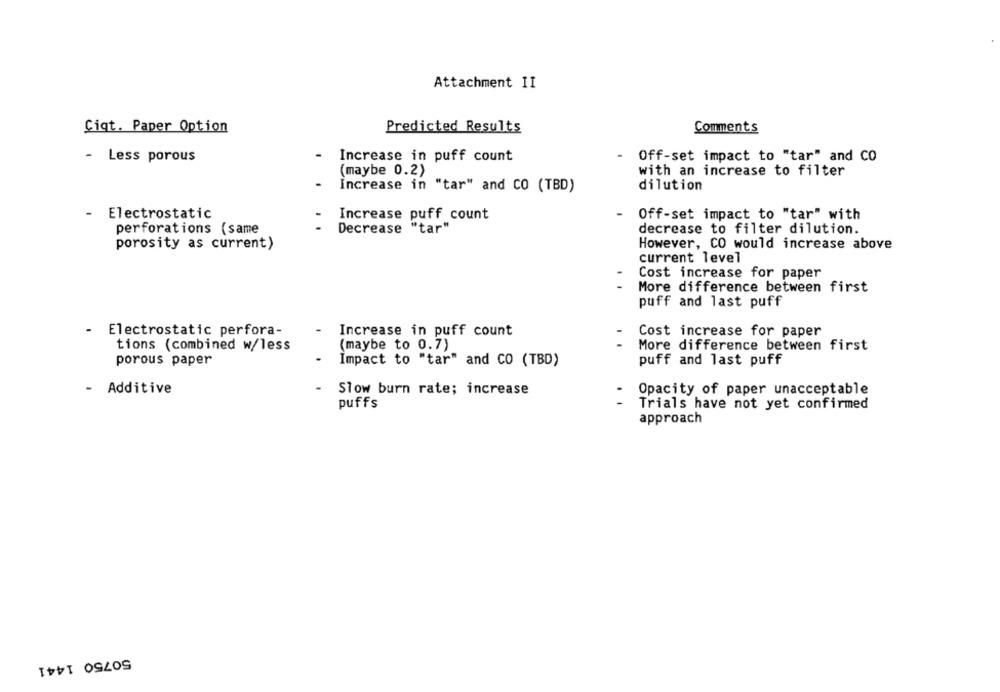
Attachment II
Cigt. Paper Option
Predicted Results
Comments
- Less porous
Increase in puff count
Off-set impact to "tar" and CO
(maybe 0.2)
with an increase to filter
dilution
Increase in "tar" and CO (TBD)
Electrostatic
Off-set impact to "tar" with
Increase puff count
perforations (same
Decrease "tar"
decrease to filter dilution.
porosity as current)
However, CO would increase above
current level
Cost increase for paper
More difference between first
puff and last puff
-
Electrostatic perfora-
Increase in puff count
Cost increase for paper
(maybe to 0.7)
tions (combined w/less
More difference between first
porous paper
Impact to "tar" and CO (TBD)
puff and last puff
Additive
Slow burn rate; increase
Opacity of paper unacceptable
puffs
Trials have not yet confirmed
approach
50750 1441